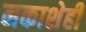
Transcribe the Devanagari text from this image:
नकाशेही